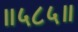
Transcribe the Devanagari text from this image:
॥५८५॥